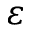
\varepsilon